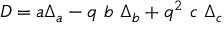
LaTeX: D = a \Delta _ { a } - q \ b \ \Delta _ { b } + q ^ { 2 } \ c \ \Delta _ { c }